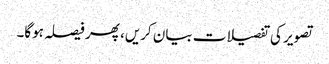
تصویر کی تفصیلات بیان کریں، پھر فیصلہ ہوگا۔